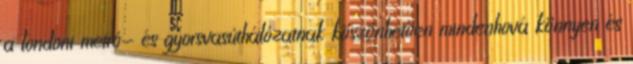
a londoni metró- és gyorsvasúthálózatnak köszönhetően mindenhová könnyen és